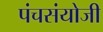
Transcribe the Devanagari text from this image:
पंचसंयोजी